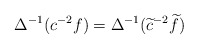
\begin{align*}\Delta^{-1}(c^{-2} f)=\Delta^{-1}(\widetilde{c}^{-2}\widetilde{f})\end{align*}